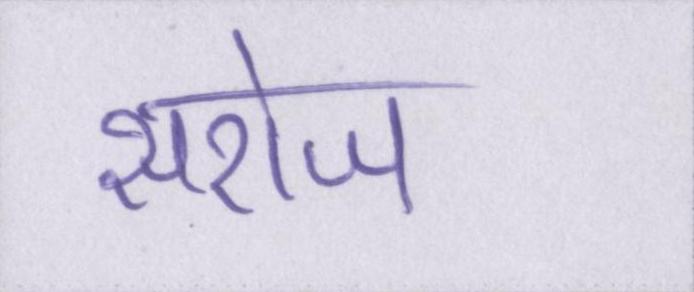
सरोज